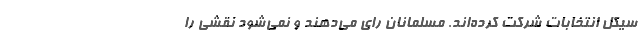
سیکل انتخابات شرکت کرده‌اند. مسلمانان رای می‌دهند و نمی‌شود نقشی را